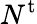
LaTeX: N^{\mathrm{t}}